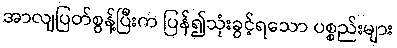
အာလျပြတ်စွန့်ပြီးက ပြန်၍သုံးခွင့်ရသော ပစ္စည်းများ